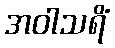
အဝါသရိံ